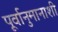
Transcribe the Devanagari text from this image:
पूर्वानुमानाशी